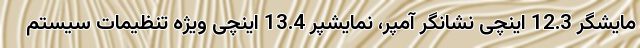
مایشگر 12.3 اینچی نشانگر آمپر، نمایشپر 13.4 اینچی ویژه تنظیمات سیستم